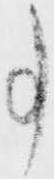
事